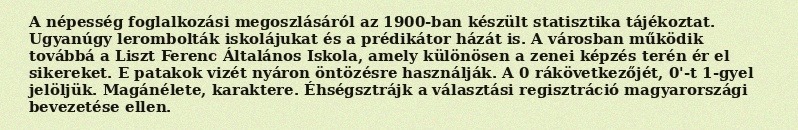
A népesség foglalkozási megoszlásáról az 1900-ban készült statisztika tájékoztat. Ugyanúgy lerombolták iskolájukat és a prédikátor házát is. A városban működik továbbá a Liszt Ferenc Általános Iskola, amely különösen a zenei képzés terén ér el sikereket. E patakok vizét nyáron öntözésre használják. A 0 rákövetkezőjét, 0'-t 1-gyel jelöljük. Magánélete, karaktere. Éhségsztrájk a választási regisztráció magyarországi bevezetése ellen.